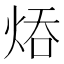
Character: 㶺